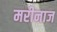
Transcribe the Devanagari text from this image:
मरीनाज